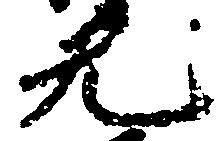
光